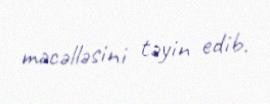
məcəlləsini təyin edib.